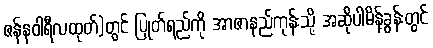
ဇန်နဝါရီလထုတ်)တွင် ပြုတ်ရည်ကို အာဇာနည်ကုန်းသို့ အဆိုပါမိန့်ခွန်းတွင်